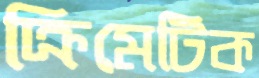
ক্রিমেটিক